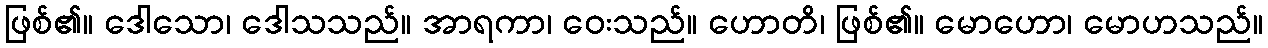
ဖြစ်၏။ ဒေါသော၊ ဒေါသသည်။ အာရကာ၊ ဝေးသည်။ ဟောတိ၊ ဖြစ်၏။ မောဟော၊ မောဟသည်။